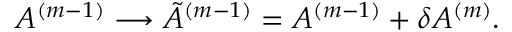
A ^ { ( m - 1 ) } \longrightarrow { \tilde { A } } ^ { ( m - 1 ) } = A ^ { ( m - 1 ) } + { \delta A ^ { ( m ) } } .